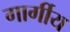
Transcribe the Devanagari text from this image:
गार्गीय